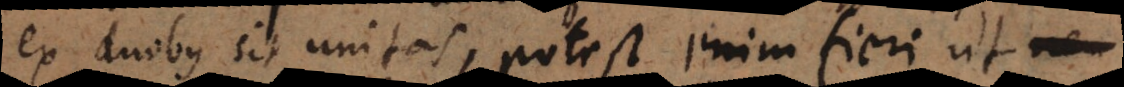
ex duobus sit unitas, potest enim fieri ut